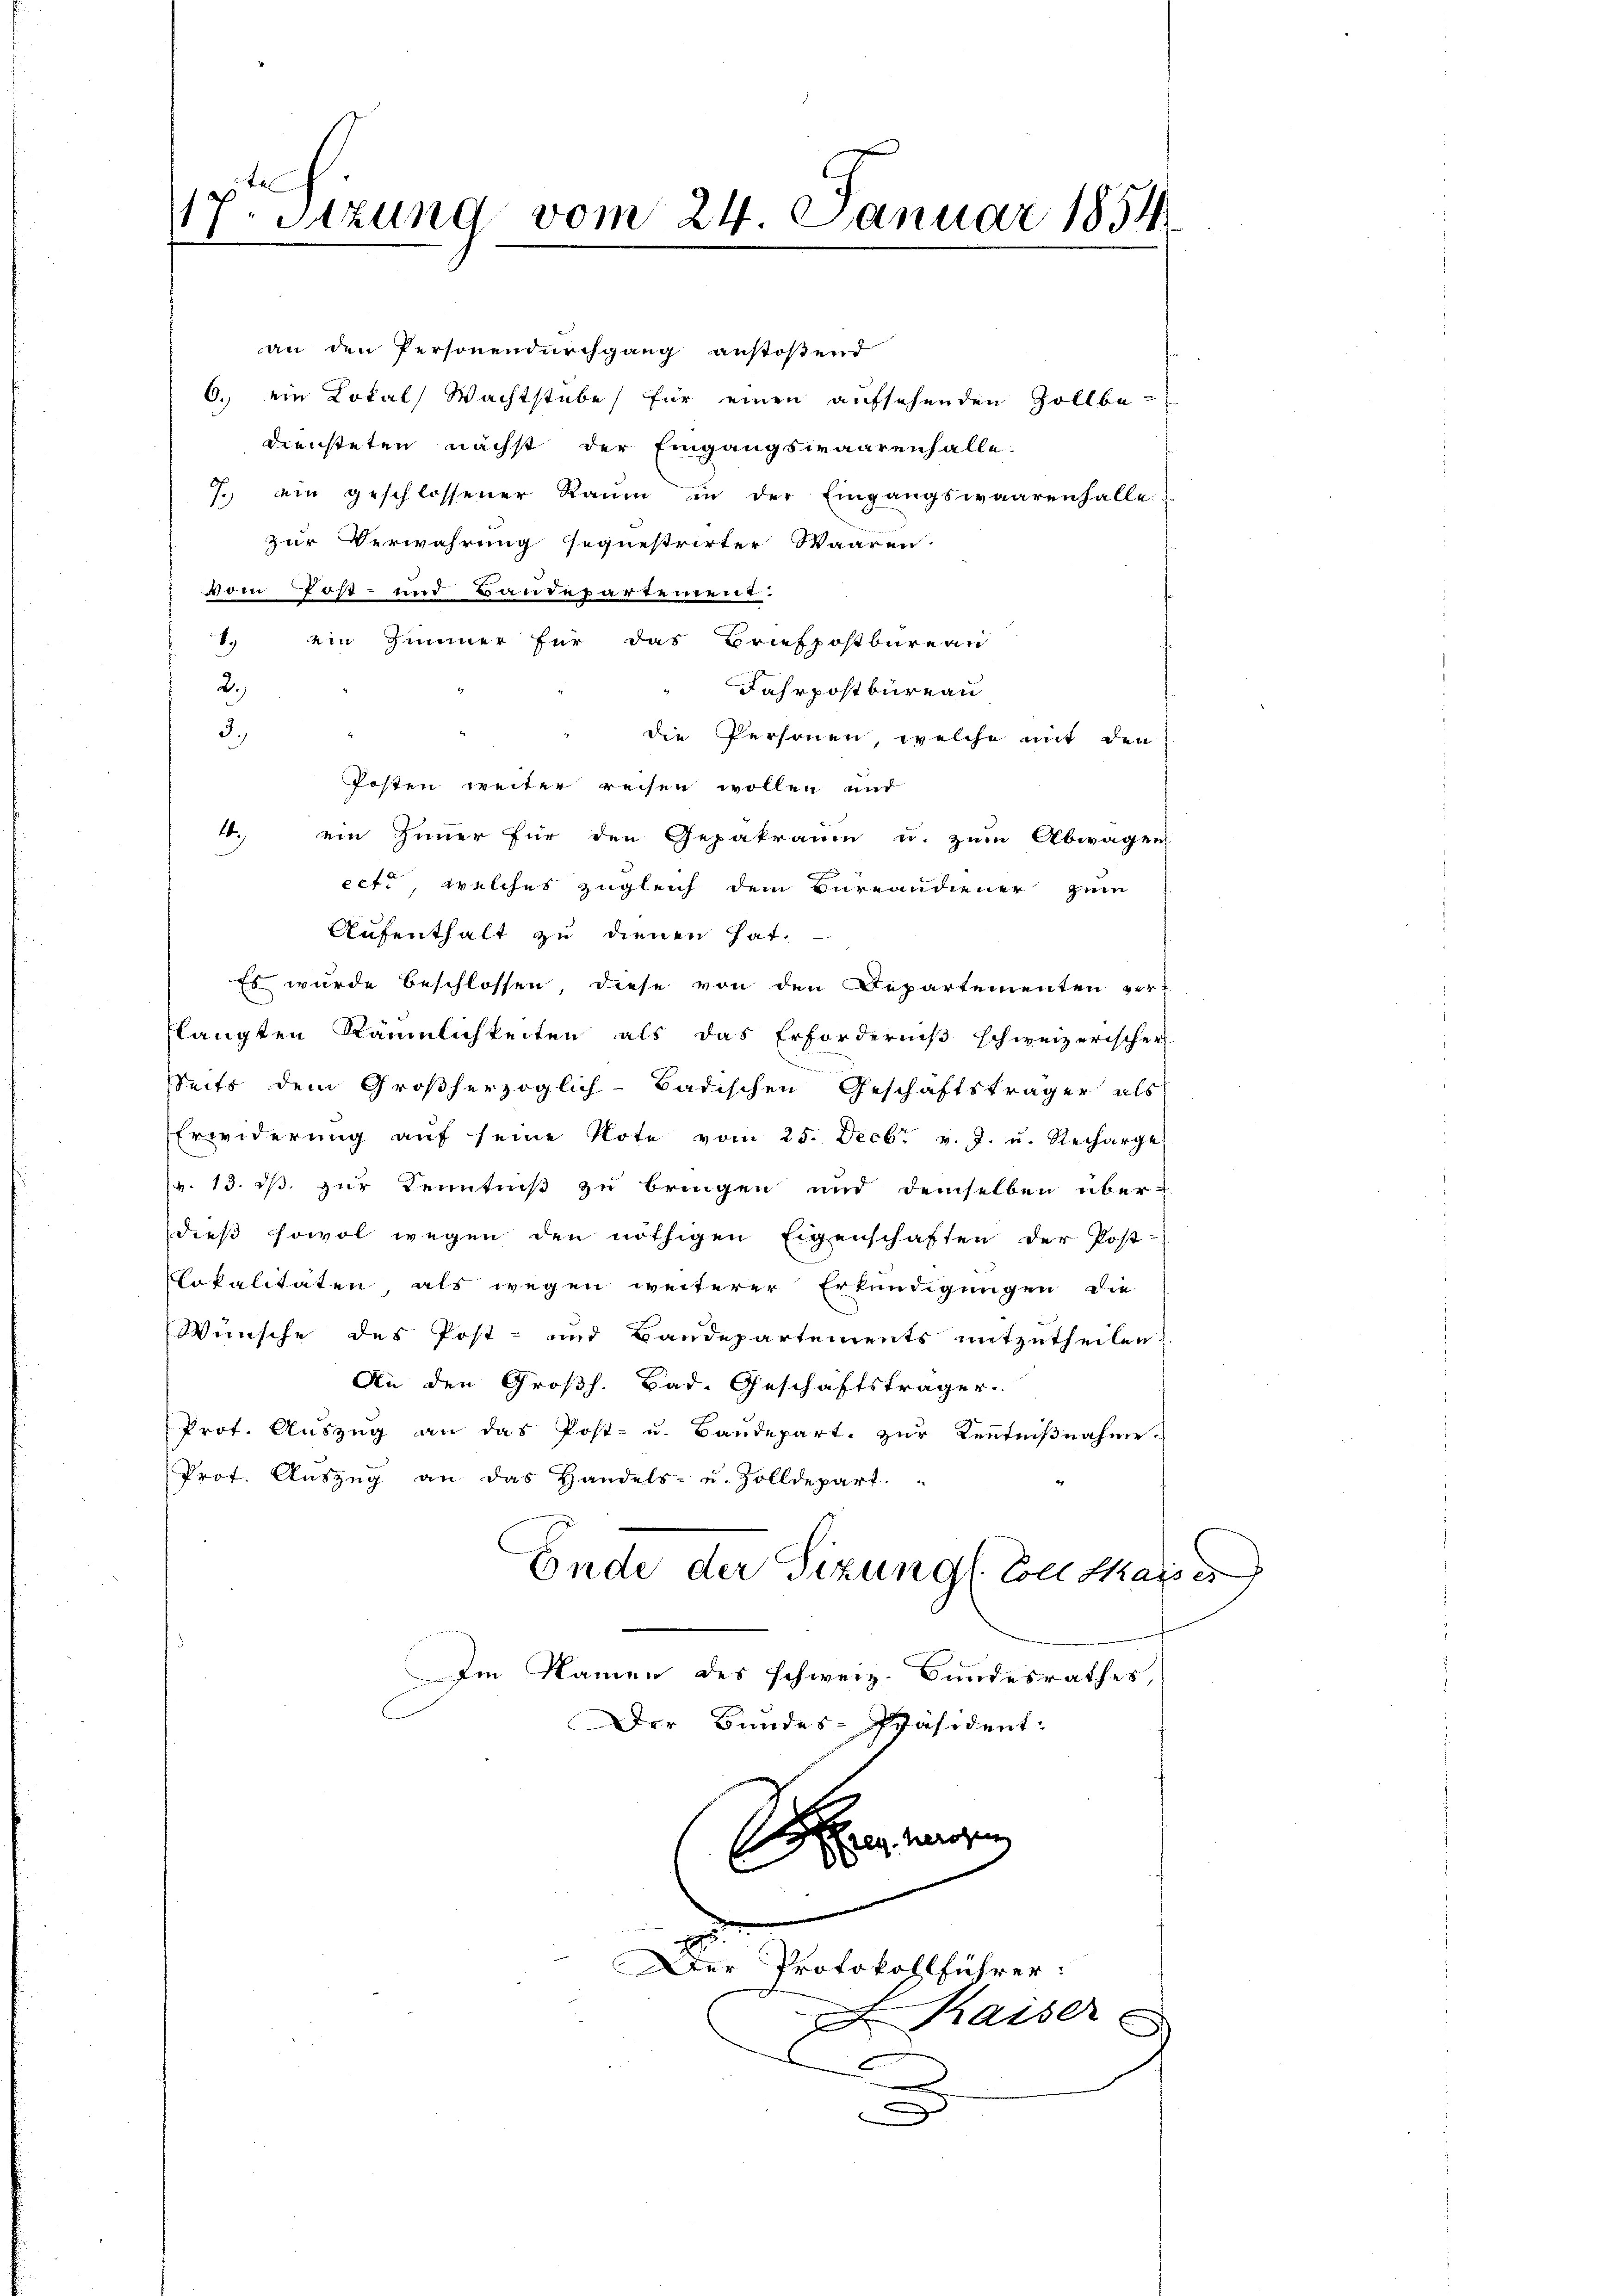
117. Sitzung vom 24. Januar 1854
|

an den Personendurchgang anstoßend
6. ein Lokal, Wachtstube für einen aufsehenden Zollbe-
Diensteten nächst der Eingangswaarenfalle.
7. ein geschlossener Raum in der Eingangswaarenhalle
zur Verwahrung sequestrirter Waaren.
vom Post- und Baudepartement.
1. ein Zimmer für das Briefpostbureau
2.
Jahrpostbureau
3.)
die Personen, welche mit den
Posten weiter reisen wollen und
4. ein Zimmer für den Gepakraum u. zum Abwagen
ecte, welches zugleich dem Bureaudiener zum
Aufenthalt zu dienen hat.
Es wurde beschlossen, diese von den Departementen vor-
langten Räumlichkeiten als das Erforderniß schweizerischer
Seits dem Großherzoglich-Badischen Geschäftsträger als
Erwiderŭng aŭf seine Note vom 25. Decbr v. J. u. Recharge
(v. 13. ds. zur Kenntniß zu bringen und demselben über-
dieß sowol wegen den nöthigen Eigenschaften der Post-
lokalitäten, als wegen weiterer Erkundigungen die
Wünsche des Post- und Baudepartements mitzutheilen.
An den Großh. Bad. Geschäftsträger
Prot. Auszug an das Post- u. Baudepart zur Kenntnißnahme
Prot. Auszug an das Handels- u. Zolldepart.
Ende der Sizung l. Coll dass es
m Namen des schweiz. Bundesrathes,
Der Bundes-Präsident:
set ein waren,
d
e
Der Protokollführer:

e

Kaiser